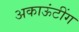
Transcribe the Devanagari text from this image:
अकाऊंटींग